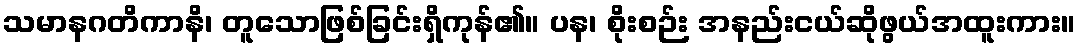
သမာနဂတိကာနိ၊ တူသောဖြစ်ခြင်းရှိကုန်၏။ ပန၊ စိုးစဉ်း အနည်းငယ်ဆိုဖွယ်အထူးကား။